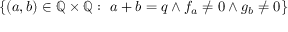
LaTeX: \{ ( a , b ) \in \mathbb { Q } \times \mathbb { Q } : \ a + b = q \wedge f _ { a } \neq 0 \wedge g _ { b } \neq 0 \}